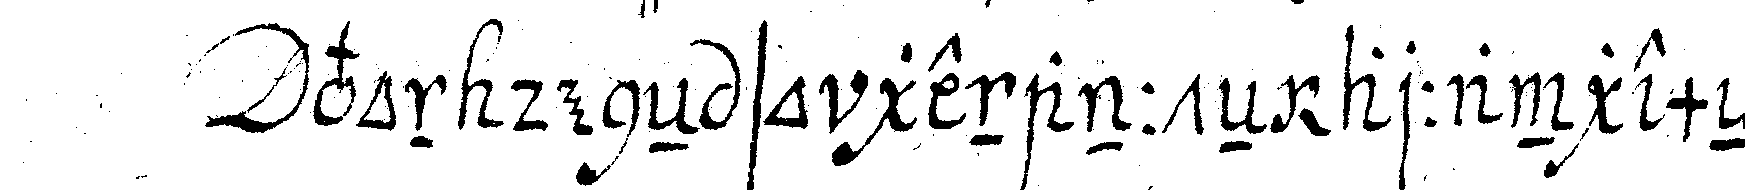
von deneN so genannteN arrangemeNs